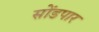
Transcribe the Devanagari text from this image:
सोंडपार